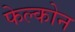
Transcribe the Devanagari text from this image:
फेल्कोन